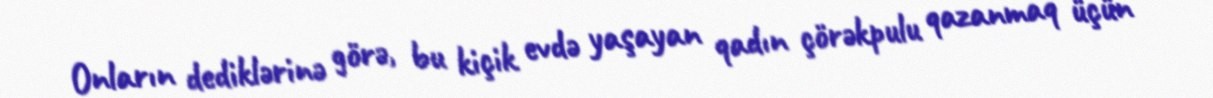
Onların dediklərinə görə, bu kiçik evdə yaşayan qadın çörəkpulu qazanmaq üçün